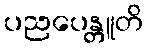
ပညပေန္တူတိ